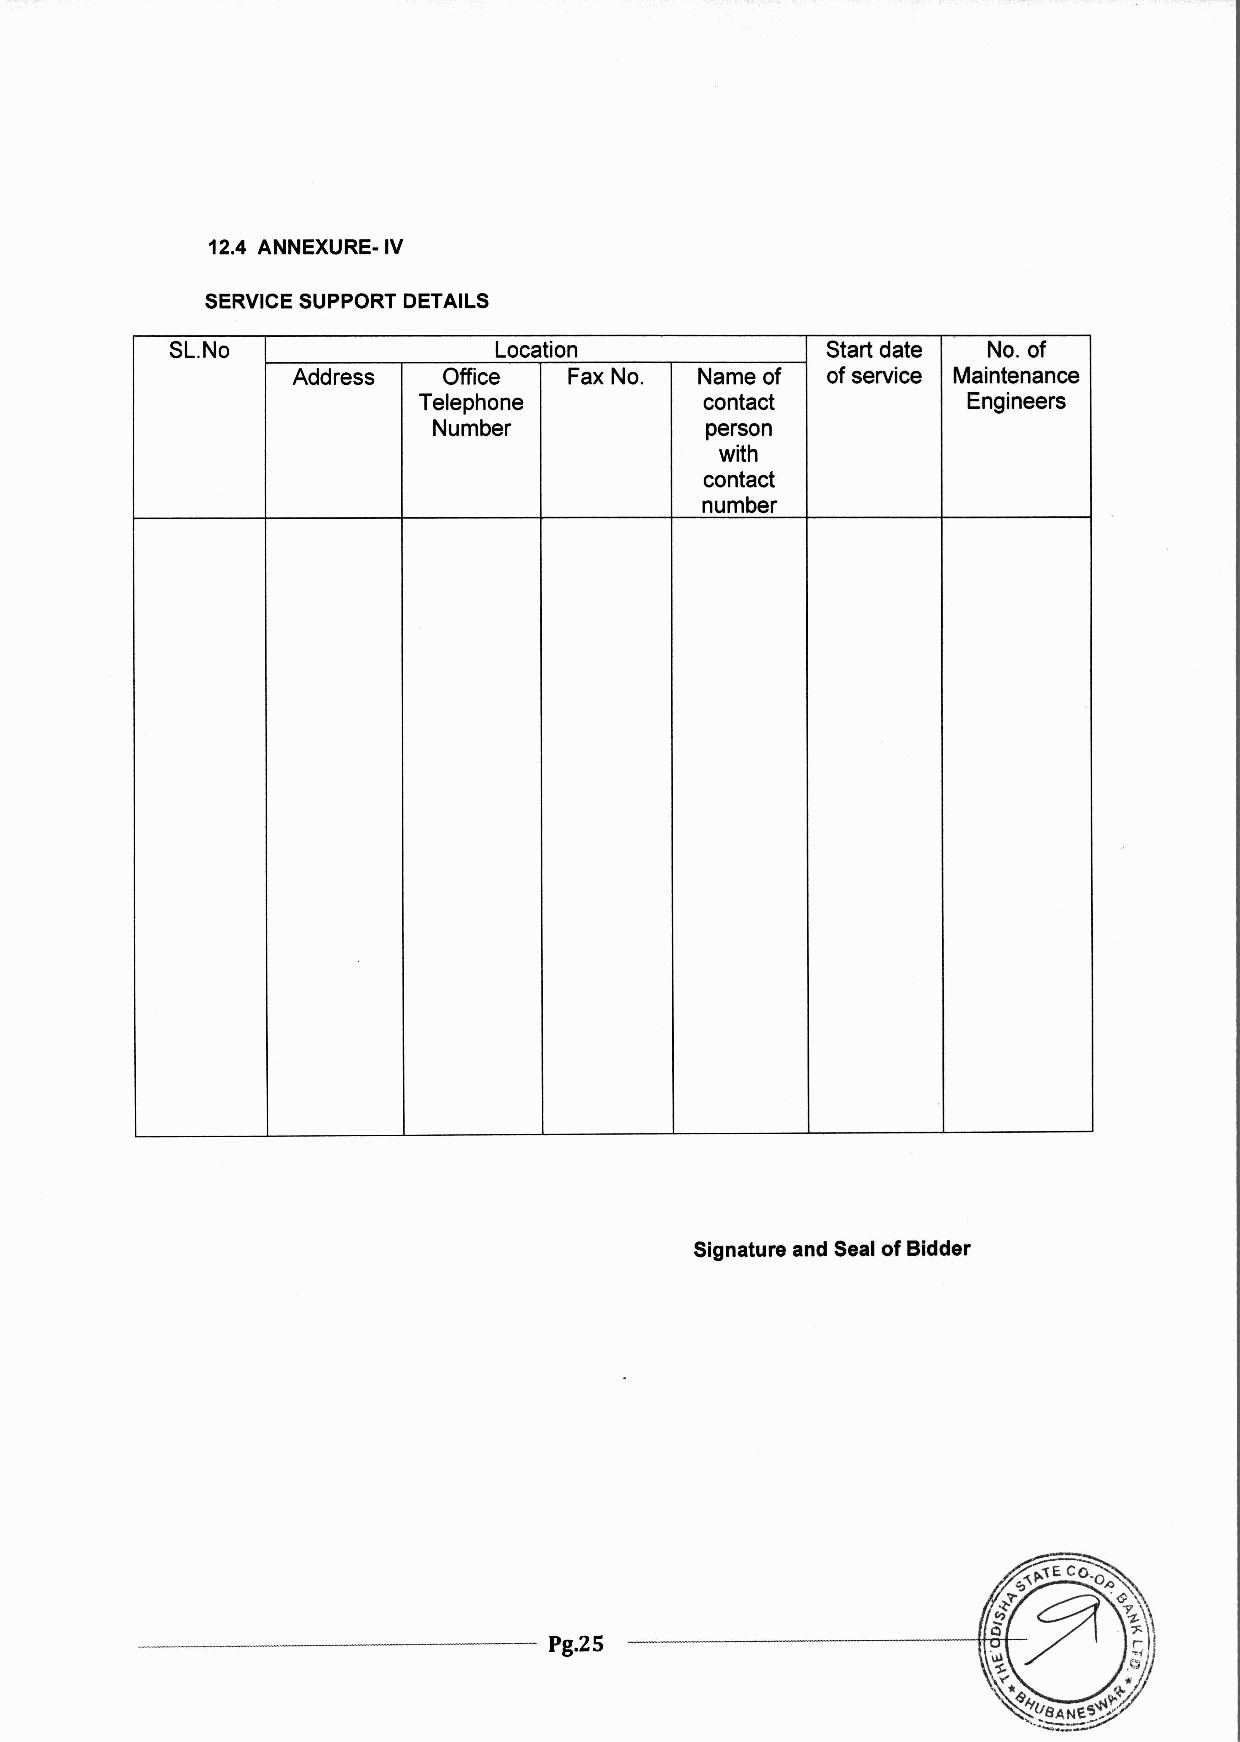
12.4 ANNEXURE-IV
 SERVICESUPPORTDETAILS
 SL.No                 Location              Start date No. of
 Address   Office   Fax No. Name of  of service Maintenance
 Telephone          contact          Engineers
 Number            person
 with
 contact
 number
 Signature and Sealof Bidder
 ------------------------   Pg.25 -